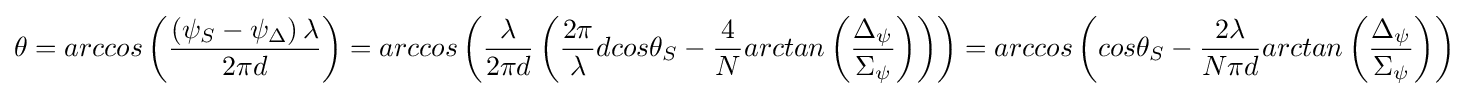
\theta =arccos\left({\frac {\left(\psi _{S}-\psi _{\Delta }\right)\lambda }{2\pi d}}\right)=arccos\left({\frac {\lambda }{2\pi d}}\left({\frac {2\pi }{\lambda }}dcos\theta _{S}-{\frac {4}{N}}arctan\left({\frac {\Delta _{\psi }}{\Sigma _{\psi }}}\right)\right)\right)=arccos\left(cos\theta _{S}-{\frac {2\lambda }{N\pi d}}arctan\left({\frac {\Delta _{\psi }}{\Sigma _{\psi }}}\right)\right)